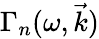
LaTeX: \Gamma_{n}(\omega,\vec{k})